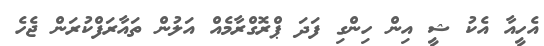
އެހީއާ އެކު ޝީ އިން ހިންގި ފަދަ ޕްރޮގްރާމެއް އަލުން ތައާރަފްކުރަން ޖެހެ